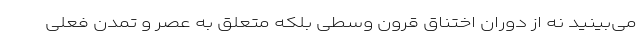
می‌بینید نه از دوران اختناقِ قرون وسطی بلکه متعلق به عصر و تمدنِ فعلی